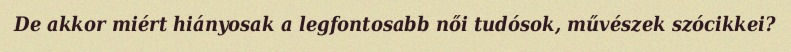
De akkor miért hiányosak a legfontosabb női tudósok, művészek szócikkei?